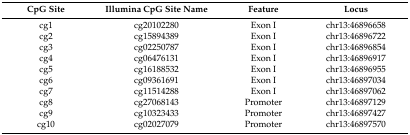
| CpG Site | Illumina CpG Site Name | Feature | Locus |
 | --- | --- | --- | --- |
 | cg1 | cg20102280 | Exon I | chr13:46896658 |
 | cg2 | cg15894389 | Exon I | chr13:46896722 |
 | cg3 | cg02250787 | Exon I | chr13:46896854 |
 | cg4 | cg06476131 | Exon I | chr13:46896917 |
 | cg5 | cg16188532 | Exon I | chr13:46896955 |
 | cg6 | cg09361691 | Exon I | chr13:46897034 |
 | cg7 | cg11514288 | Exon I | chr13:46897062 |
 | cg8 | cg27068143 | Promoter | chr13:46897129 |
 | cg9 | cg10323433 | Promoter | chr13:46897427 |
 | cg10 | cg02027079 | Promoter | chr13:46897570 |